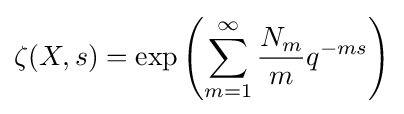
\zeta (X,s)=\exp \left(\sum _{m=1}^{\infty }{\frac {N_{m}}{m}}q^{-ms}\right)